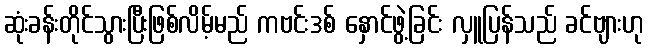
ဆုံးခန်းတိုင်သွားပြီးဖြစ်လိမ့်မည် ကဗင်းဒစ် နှောင်ဖွဲ့ခြင်း လှူပြန်သည် ခင်ဗျားဟု